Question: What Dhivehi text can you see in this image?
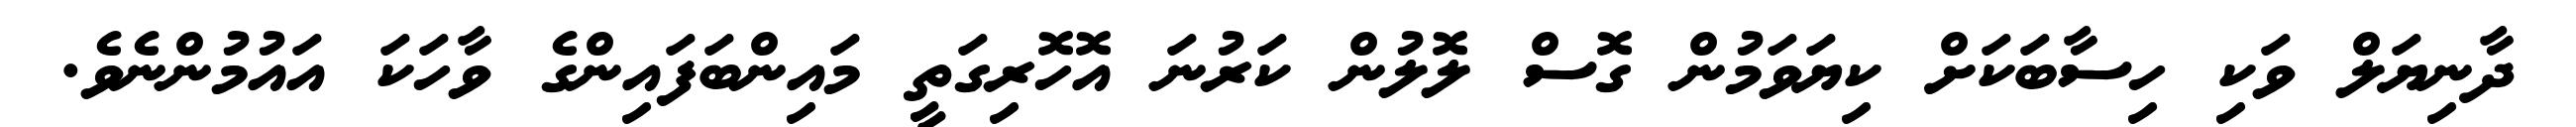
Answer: ދާނިޔަލް ވަކި ހިސާބަކަށް ކިޔަވަމުން ގޮސް ލޮލުން ކަރުނަ އޮހޮރިގަތީ މައިންބަފައިންގެ ވާހަކަ އައުމުންނެވެ.